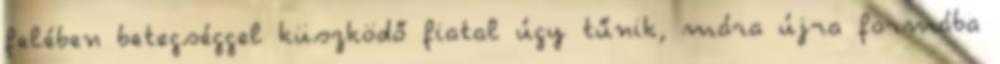
felében betegséggel küszködő fiatal úgy tűnik, mára újra formába